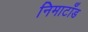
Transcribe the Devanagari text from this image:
निमाटाँड